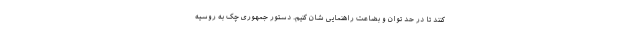
کنند تا در حد توان و بضاعت راهنمایی شان کنیم. دستور جمهوری چک به روسیه